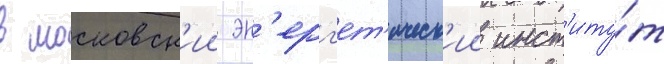
в московск'ии эн'ерг'ет'ическ'ии инст'иту́т